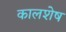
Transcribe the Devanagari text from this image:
कालशेष